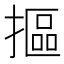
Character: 摳